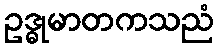
ဥဒ္ဓုမာတကသညံ